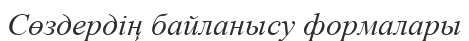
Сөздердің байланысу формалары